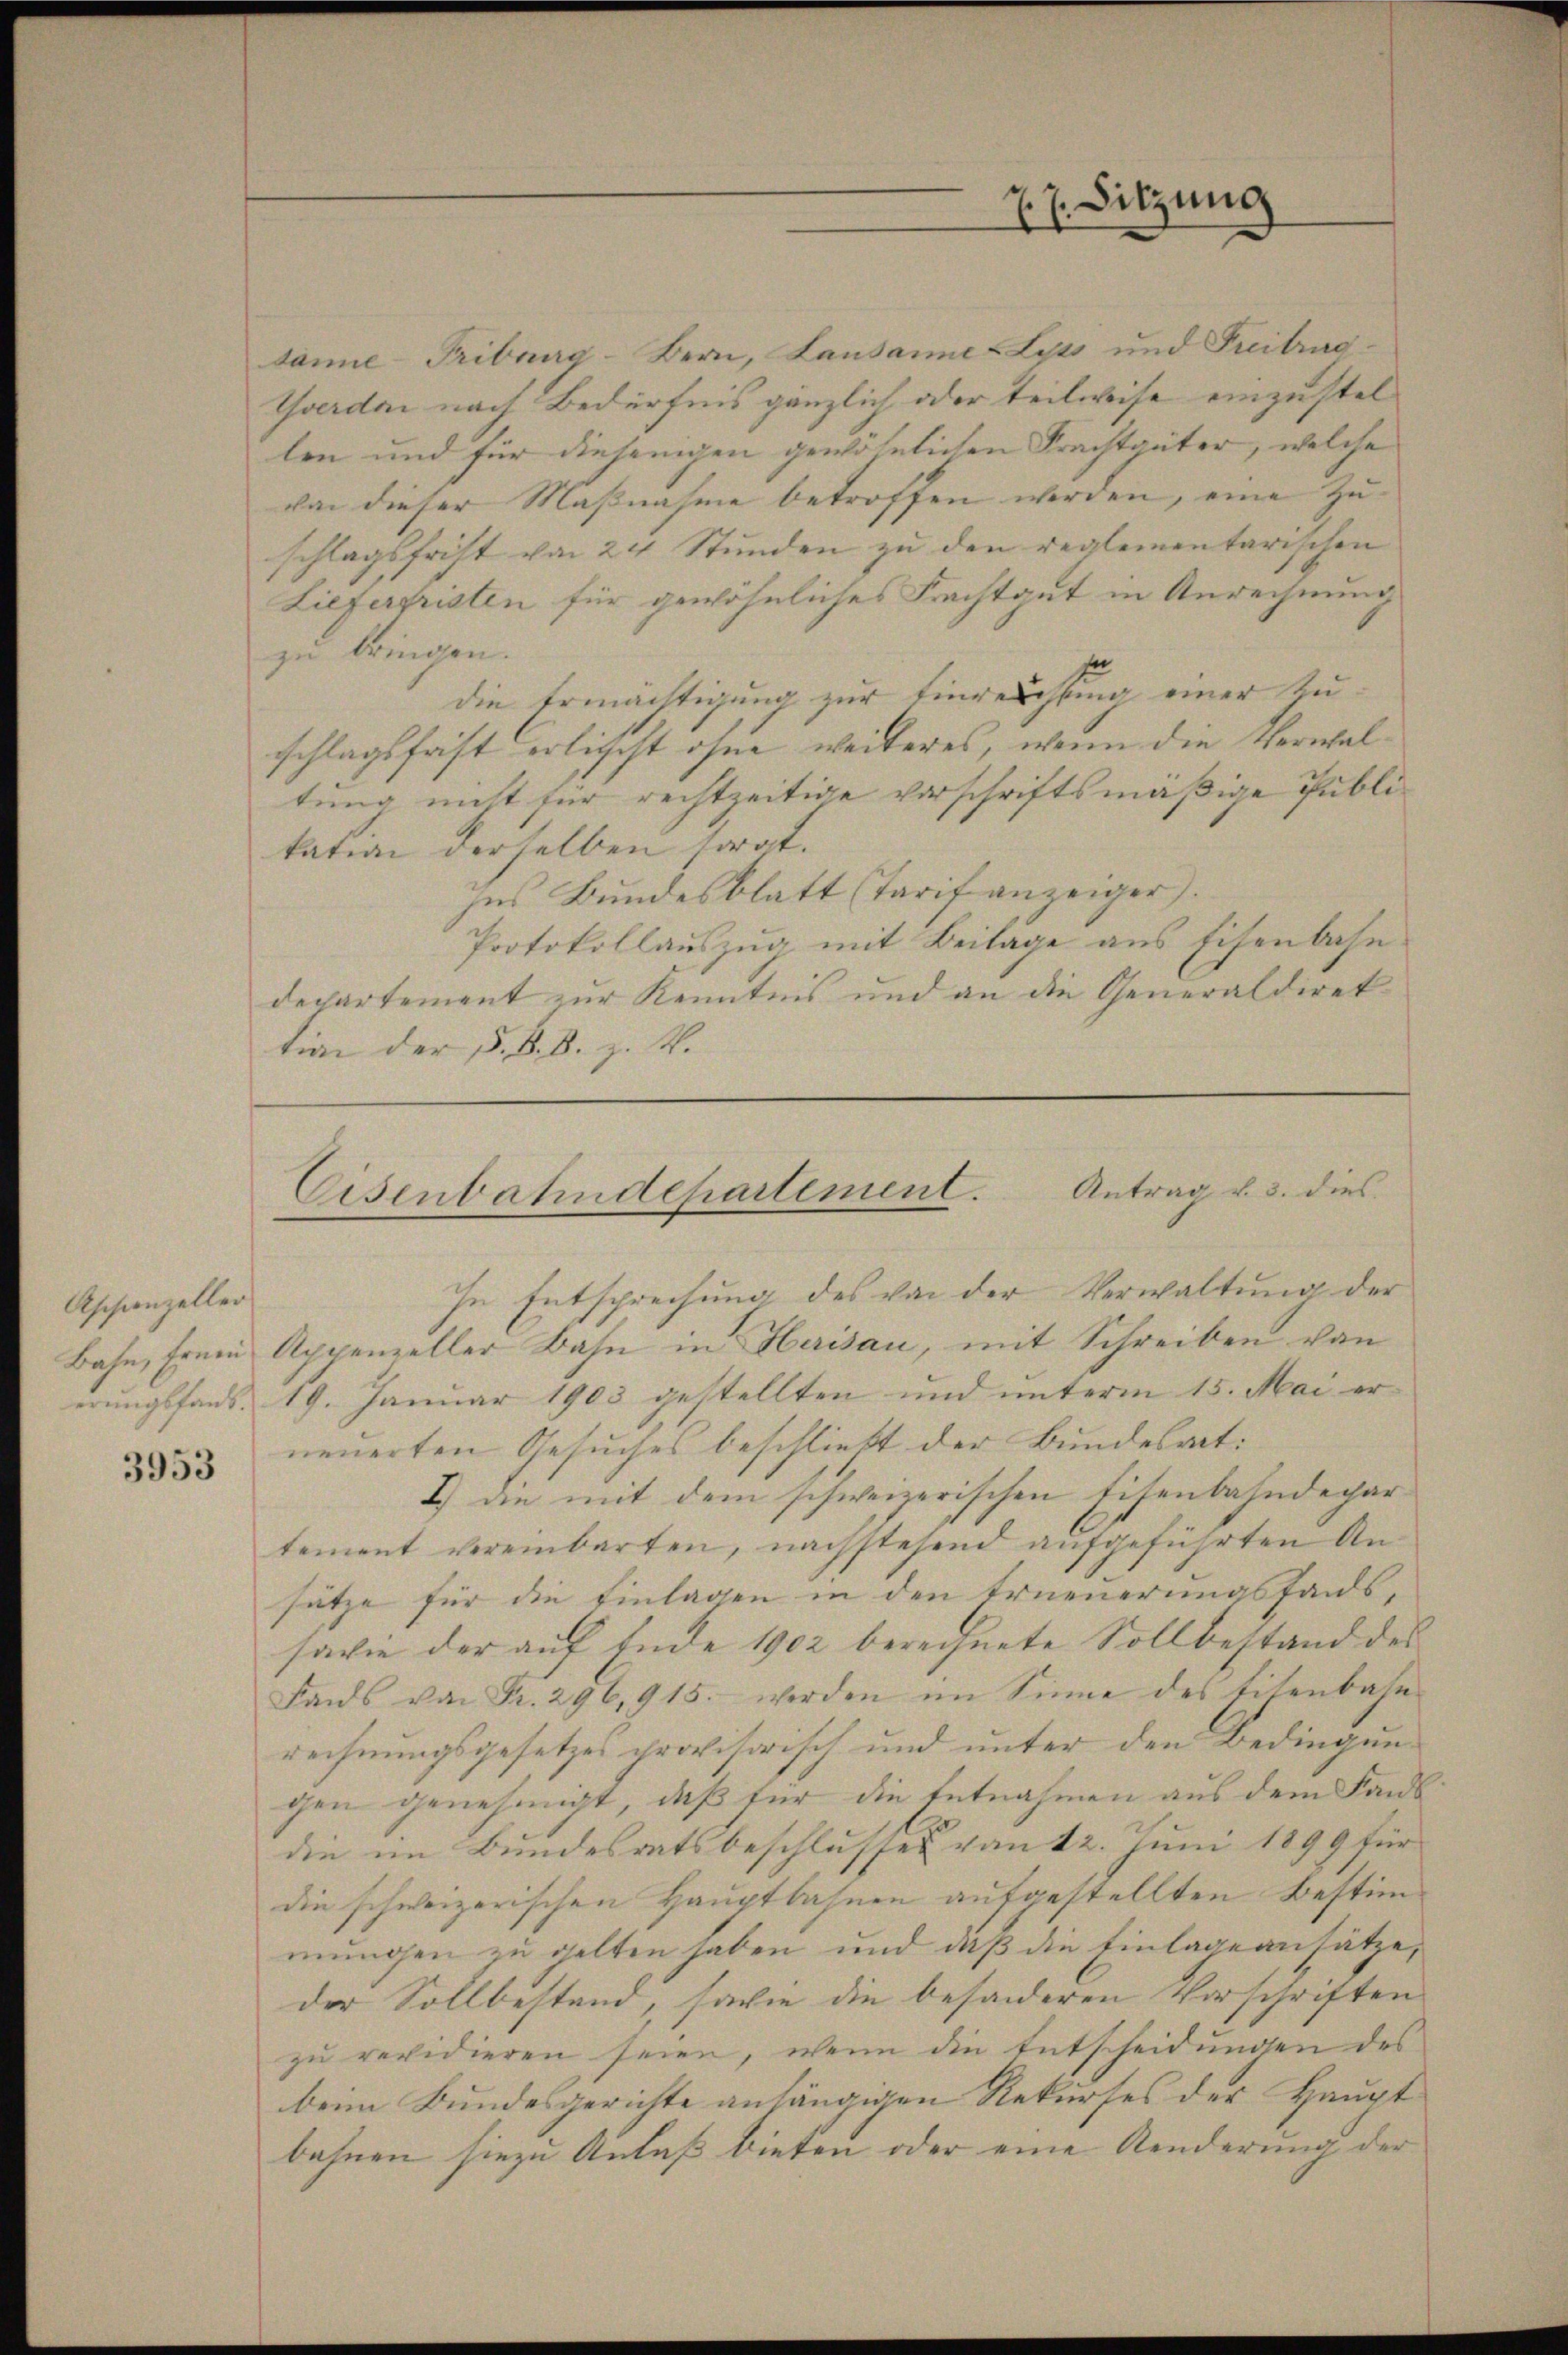
Aschenzeller

3953

7. Sitzung
2

Eisenbahndepartement. Antrag u. 3. dies
In Entsprechung des von der Verwaltung der

däne Fribourg-Bern, Lausannes Lyss und Freitruc¬
Yverdan nach Bedürfnis gänzlich oder teilweise einzustellen und für diejenigen gewöhnlichen Frachtgüter, welche
von dieser Maßnahme betroffen werden, eine Zuschlagsfrist von 24 Stunden zu den reglementarischen
Lieferfristen für gewöhnliches Frachtgut in Anrechnung
zu bringen.
die Ermächtigung zur Einreichtung einer Zuschlagsfast erlischt ohne weiteres, wenn die Verwaltung nicht für rechtzeitige vorschriftsmäßige Publikation derselben sorgt.
Ins Bundesblatt (Tarif anzeiger.
Protokollauszug mit Beilage aus Eisenbahndepartement zur Kenntnis und an die Generaldirektion der §. §. 8. z. B.

Bahn, freie Appenzeller Bahn in Herisau, mit Schreiben von
erungsfans. 19. Januar 1903 gestellten und unterm 15. Mai erneuerten Gesuches beschließt der Bundesrat
I) an mit dem schweizerischen Eisenbahndepartement vereinbarten, nachstehend aufgeführten Ansätze für die Einlagen in den Erneuerungsfonds,
savie der auf Ende 1902 berechnete Sollbestand des
Fonds von Fr. 296,915. werden im Sinne des Eisenbahn-
rechnungsgesetzes provisorisch und unter den Bedingungen genehmigt, daß für die Entnahmen aus dem Fandie im Bundesratsbeschlusses vom 12. Juni 1899 für
die schweizerischen Hauptbahnen aufgestellten Bestimmungen zu gelten haben und daß die Einlage ansätze,
der Sollbestand, sowie die besonderen Vorschriften
zu revidieren seien, wenn die Entscheidungen des
beim Bundesgerichte anhängigen Rekurses der Hauptbahnen hiezu Anlaß bieten oder eine Aenderung der